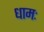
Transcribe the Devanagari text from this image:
धामः